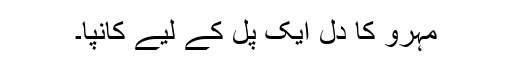
مہرو کا دل ایک پل کے لیے کانپا۔